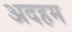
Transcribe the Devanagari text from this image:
अदहम